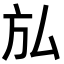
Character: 𭤩